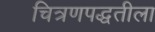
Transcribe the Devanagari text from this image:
चित्रणपद्धतीला